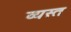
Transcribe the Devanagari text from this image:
व्‍यस्त